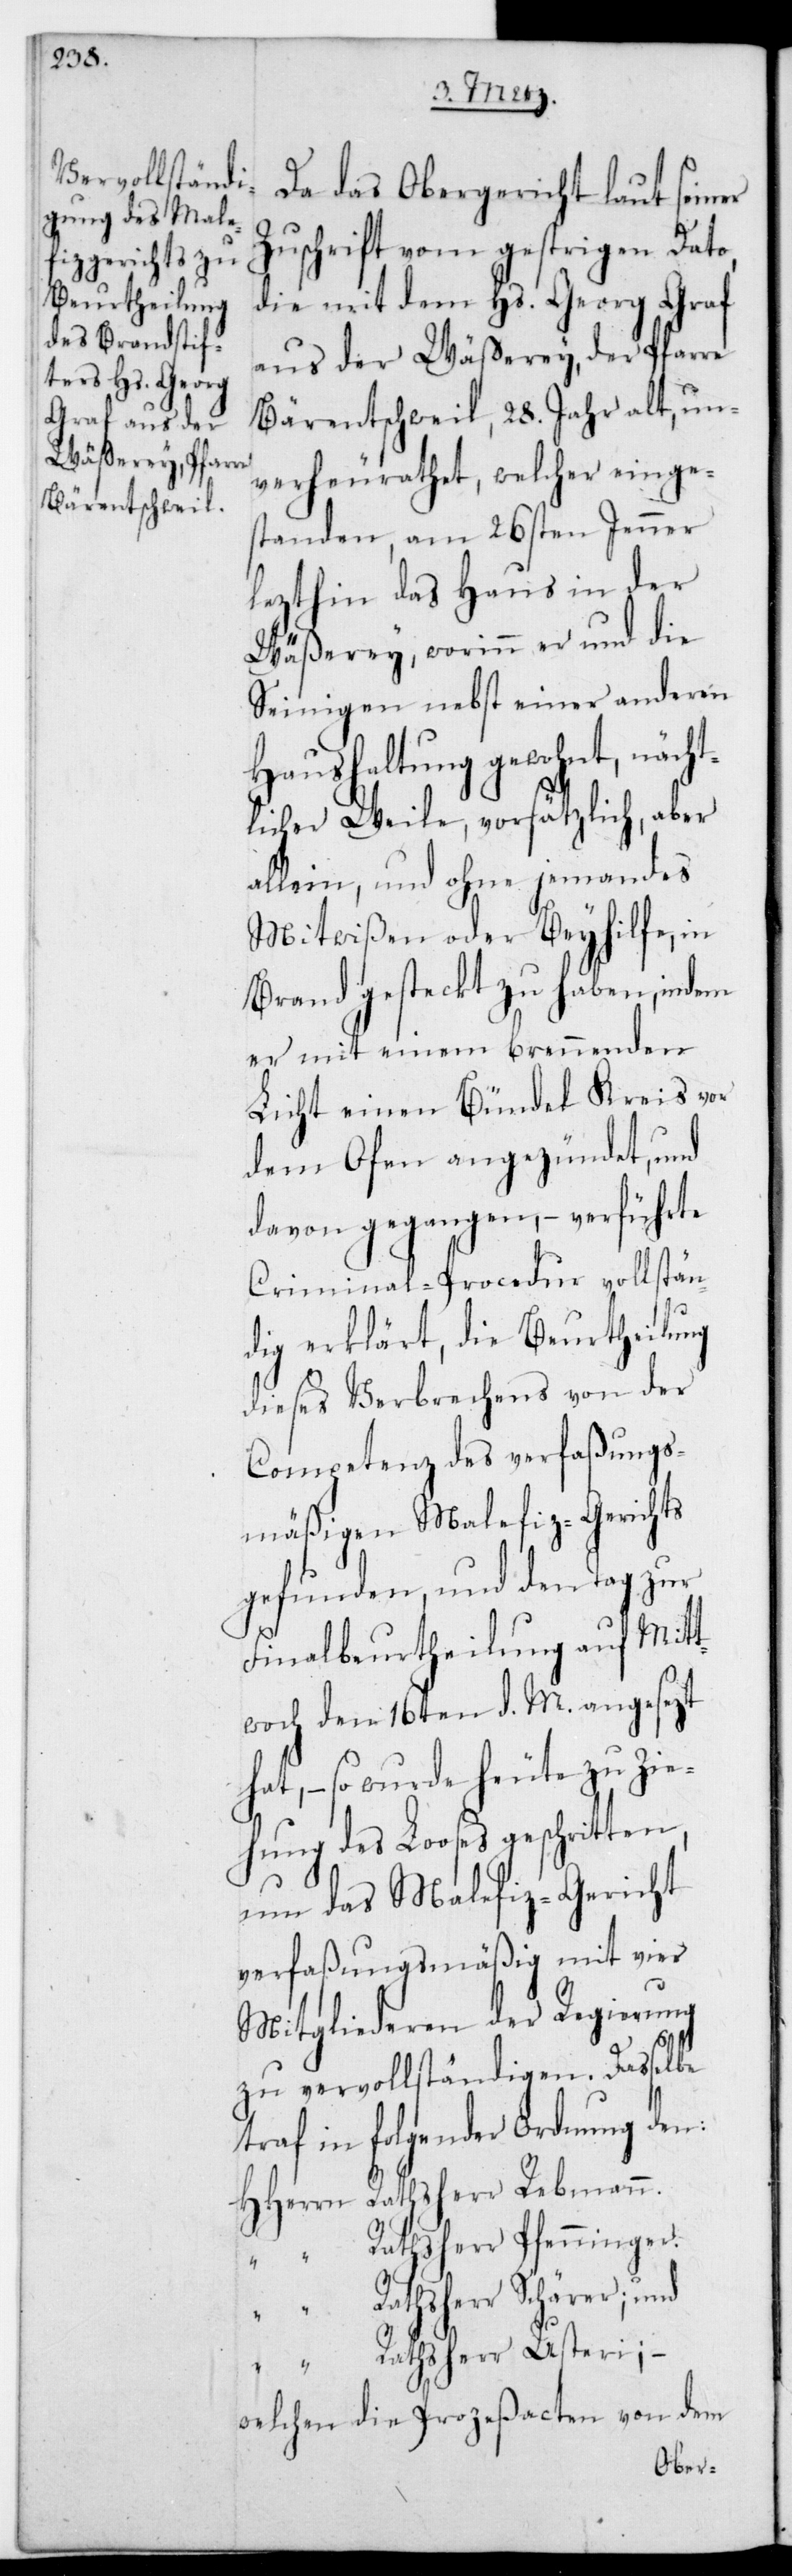
Da das Obergericht laut seiner
Zuschrift vom gestrigen Dato,
die mit dem Hs. Georg Graf
aus der Wäßerey, der Pfarre
Bärentschweil, 28. Jahr alt, un¬
verheirathet, welcher einge¬
standen, am 26sten Jenner
lezthin das Haus in der
Wäßerey, worinn er und die
Seinigen nebst einer anderen
Haushaltung gewohnt, näc¬
htlicher Weile, vorsätzlich, aber
allein, und ohne jemandes
Mitwißen oder Beyhülfe, in
Brand gesteckt zu haben, indem
er mit einem brennenden
Licht einen Bündel Kries vor
dem Ofen angezündet, und
davon gegangen, – verführte
Criminal-Procedur vollstän¬
dig erklärt, die Beurtheilung
dieses Verbrechens von der
Competenz des verfaßungs¬
mäßigen Malefiz-Gerichts
gefunden, und den Tag zur
Finalbeurtheilung auf Mitt¬
woch den 16ten d. M. angesezt
hat, – so wurde heute zu Zie¬
hung des Looses geschritten,
um das Malefizgericht
verfaßungsmäßig mit vier
Mitgliederen der Regierung
zu vervollständigen. Daßelbe
traf in folgender Ordnung den:
HHerrn Rathsherr Rebmann.
“ Rathsherr Pfenninger.
“ Rathsherr Schärer;
“ Rathsherr Usteri; –
welchen die Prozeßacten von dem